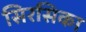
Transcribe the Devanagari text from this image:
सिरसिका